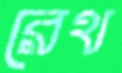
রেথ